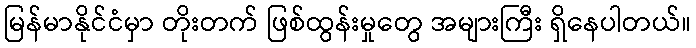
မြန်မာနိုင်ငံမှာ တိုးတက် ဖြစ်ထွန်းမှုတွေ အများကြီး ရှိနေပါတယ်။